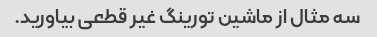
سه مثال از ماشین تورینگ غیر قطعی بیاورید.